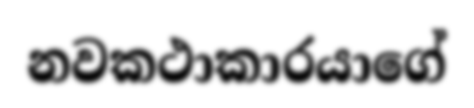
නවකථාකාරයාගේ